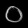
Digit: ၀